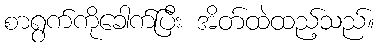
စာရွက်ကိုခေါက်ပြီး အိတ်ထဲထည့်သည်။